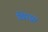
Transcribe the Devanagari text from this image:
खिरसा